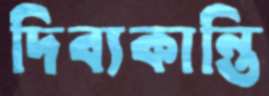
দিব্যকান্তি